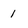
Character: 1